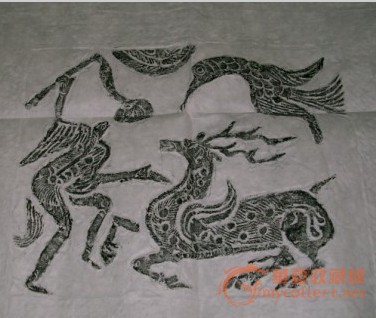
天相汉，民怀国。